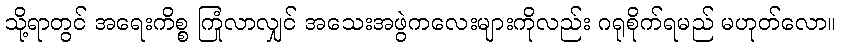
သို့ရာတွင် အရေးကိစ္စ ကြုံလာလျှင် အသေးအဖွဲကလေးများကိုလည်း ဂရုစိုက်ရမည် မဟုတ်လော။